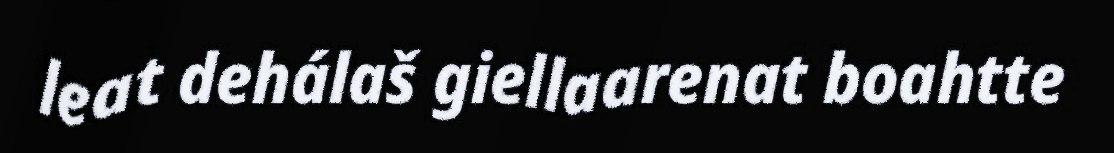
leat dehálaš giellaarenat boahtte